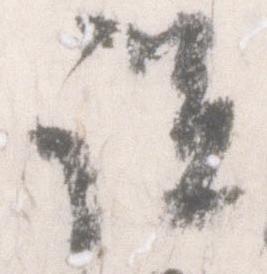
説